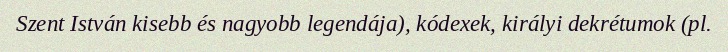
Szent István kisebb és nagyobb legendája), kódexek, királyi dekrétumok (pl.